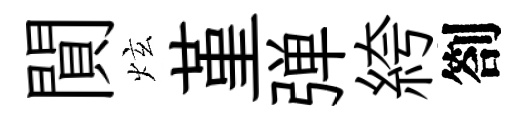
閴炫堇弹絝劄